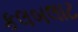
કલબલાટ